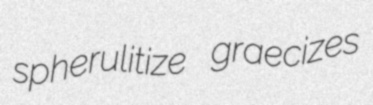
spherulitize graecizes